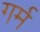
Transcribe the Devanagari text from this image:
गर्म